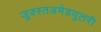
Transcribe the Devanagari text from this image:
जुक्स्तअमेडयुलरी